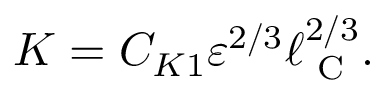
K = C _ { K 1 } \varepsilon ^ { 2 / 3 } \ell _ { \textrm { C } } ^ { 2 / 3 } .